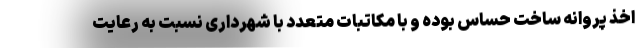
اخذ پروانه ساخت حساس بوده و با مکاتبات متعدد با شهرداری نسبت به رعایت